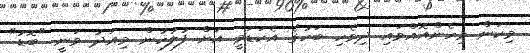
މިކަން މިހެންއޮއްވައި ދިވެހި ބަހުގެ އެކަޑަމީ އަށް ފުލުހުން މިއަދު ވަނީ "ބޮޑު"